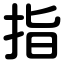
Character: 指